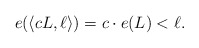
\begin{align*}e(\langle cL, \ell \rangle)= c\cdot e(L) < \ell.\end{align*}